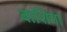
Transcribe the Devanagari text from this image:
बाशिंगा